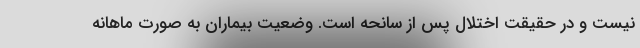
نیست و در حقیقت اختلال پس از سانحه است. وضعیت بیماران به صورت ماهانه